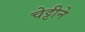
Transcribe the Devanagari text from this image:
चेट्टीने